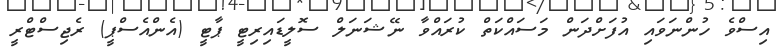
އިސްވެ ހުންނަވައި އުފަށްދަން މަސައްކަތް ކުރައްވާ ނޭޝަނަލް ސޮލީޑައިރިޓީ ޕާޓީ (އެންއެސްޕީ) ރެޖިސްޓްރީ